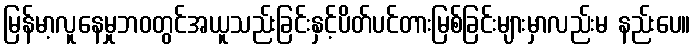
မြန်မာ့လူနေမှုဘဝတွင်အယူသည်းခြင်းနှင့်ပိတ်ပင်တားမြစ်ခြင်းများမှာလည်းမ နည်းပေ။